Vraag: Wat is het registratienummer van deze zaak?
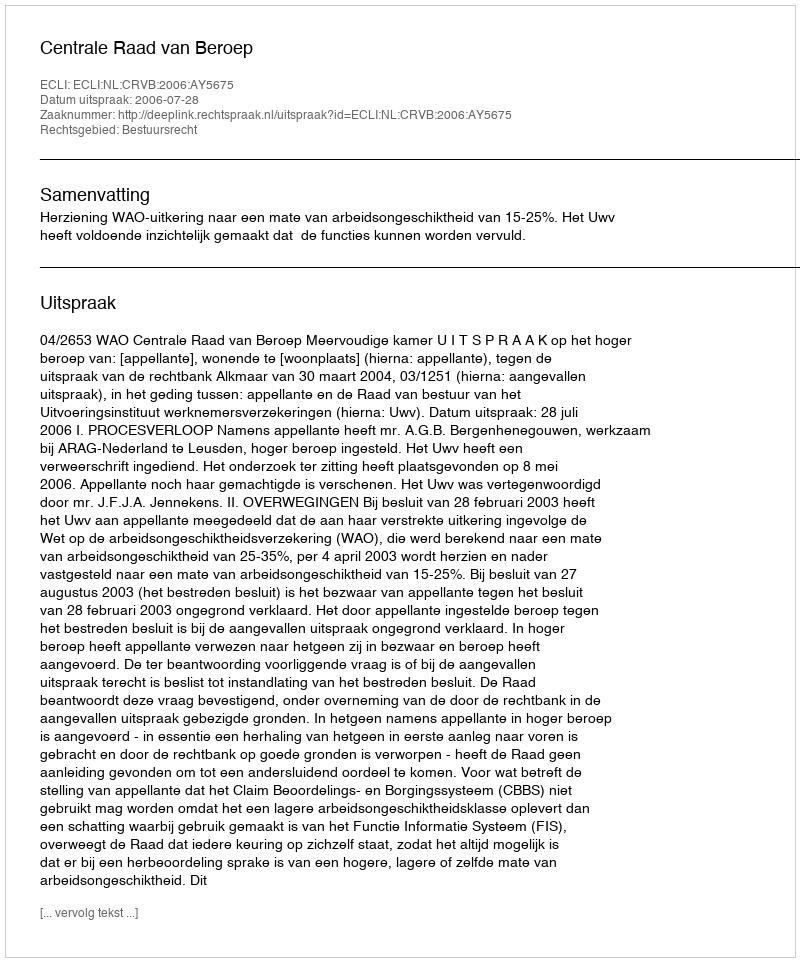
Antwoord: http://deeplink.rechtspraak.nl/uitspraak?id=ECLI:NL:CRVB:2006:AY5675